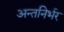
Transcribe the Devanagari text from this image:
अन्तनिर्भर